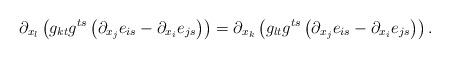
LaTeX: \begin{align*}{\partial}_{x_l}\left(g_{kt}g^{ts}\left({\partial_{ x_j}e_{is}}{}-{\partial_{ x_i}e_{js}}\right)\right)={\partial}_{x_k}\left(g_{lt}g^{ts}\left({{\partial_{x_j}}e_{is}}-{{\partial_{x_i}}e_{js}}\right)\right).\end{align*}